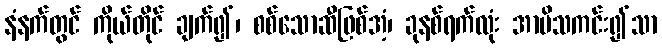
နံနက်တွင် ကိုယ်တိုင် ချက်၍၊ စစ်သောဆီဖြစ်အံ့၊ ခုနစ်ရက်လုံး အာမိသကင်း၍သာ